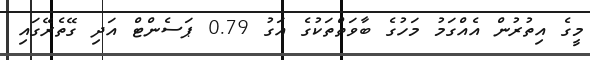
މީގެ އިތުރުން އެއްގަމު މަހުގެ ބާވަތްތަކުގެ އަގު 0.79 ޕަސެންޓް އަދި ގޭތެރޭގައި